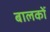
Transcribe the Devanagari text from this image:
बालकोंं